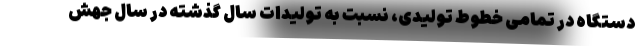
دستگاه در تمامی خطوط تولیدی، نسبت به تولیدات سال گذشته در سال جهش